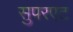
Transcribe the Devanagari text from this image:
सुपरएट